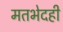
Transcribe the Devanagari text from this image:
मतभेदही